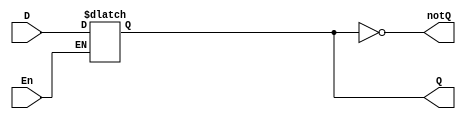
`timescale 1ns/ 1ps //the delay unit is 1ns
`default_nettype none

module d_latch_behavioral(

output reg Q, //driven with behavioural statements
output wire notQ,//driven with dataflow statemtn
input wire D, En //wires can drive regs

);

/*describe behaviour of D-latch*/
always@(En or D)

if(En) //we will look at what this says: if En!= 1'b0
Q=D;
//else Q=Q;//this is implied so uneccessary

assign notQ = ~Q; //regs can drive wires

endmodule